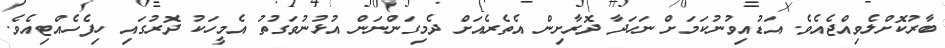
ބާރުކޮށްލެވިއްޖެއެވެ. އަޑުއިވުނުކަމަށް ނަހަދާ ދޮރާށިން އެތެރެއަށް ދެމިގަންނަން އުޅުނުވަގުތު އެމީހަކު ދޮރުގައި ހިފެހެއްޓިއެވެ.